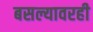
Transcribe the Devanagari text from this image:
बसल्यावरही